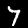
Digit: 7